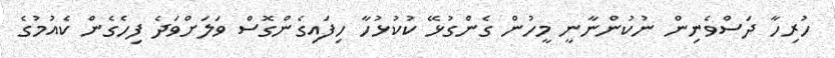
ހުރިހާ ދަސްވެނިން ނުކުންނާނީ މީހުން ގެންގުޅޭ ކުކުޅުހާ ހިފައިގެންގޮސް ވަލަށްވަދެ ފިހެގެން ކެއުމުގެ